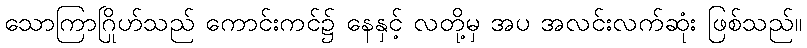
သောကြာဂြိုဟ်သည် ကောင်းကင်၌ နေနှင့် လတို့မှ အပ အလင်းလက်ဆုံး ဖြစ်သည်။